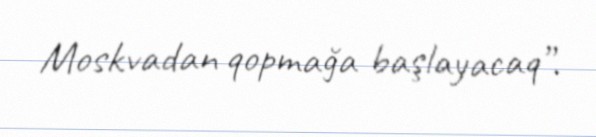
Moskvadan qopmağa başlayacaq”.